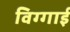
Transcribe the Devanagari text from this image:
विग्गाई